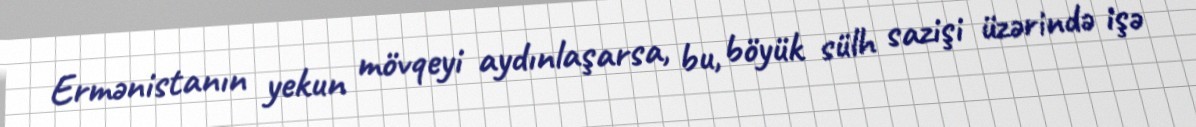
Ermənistanın yekun mövqeyi aydınlaşarsa, bu, böyük sülh sazişi üzərində işə